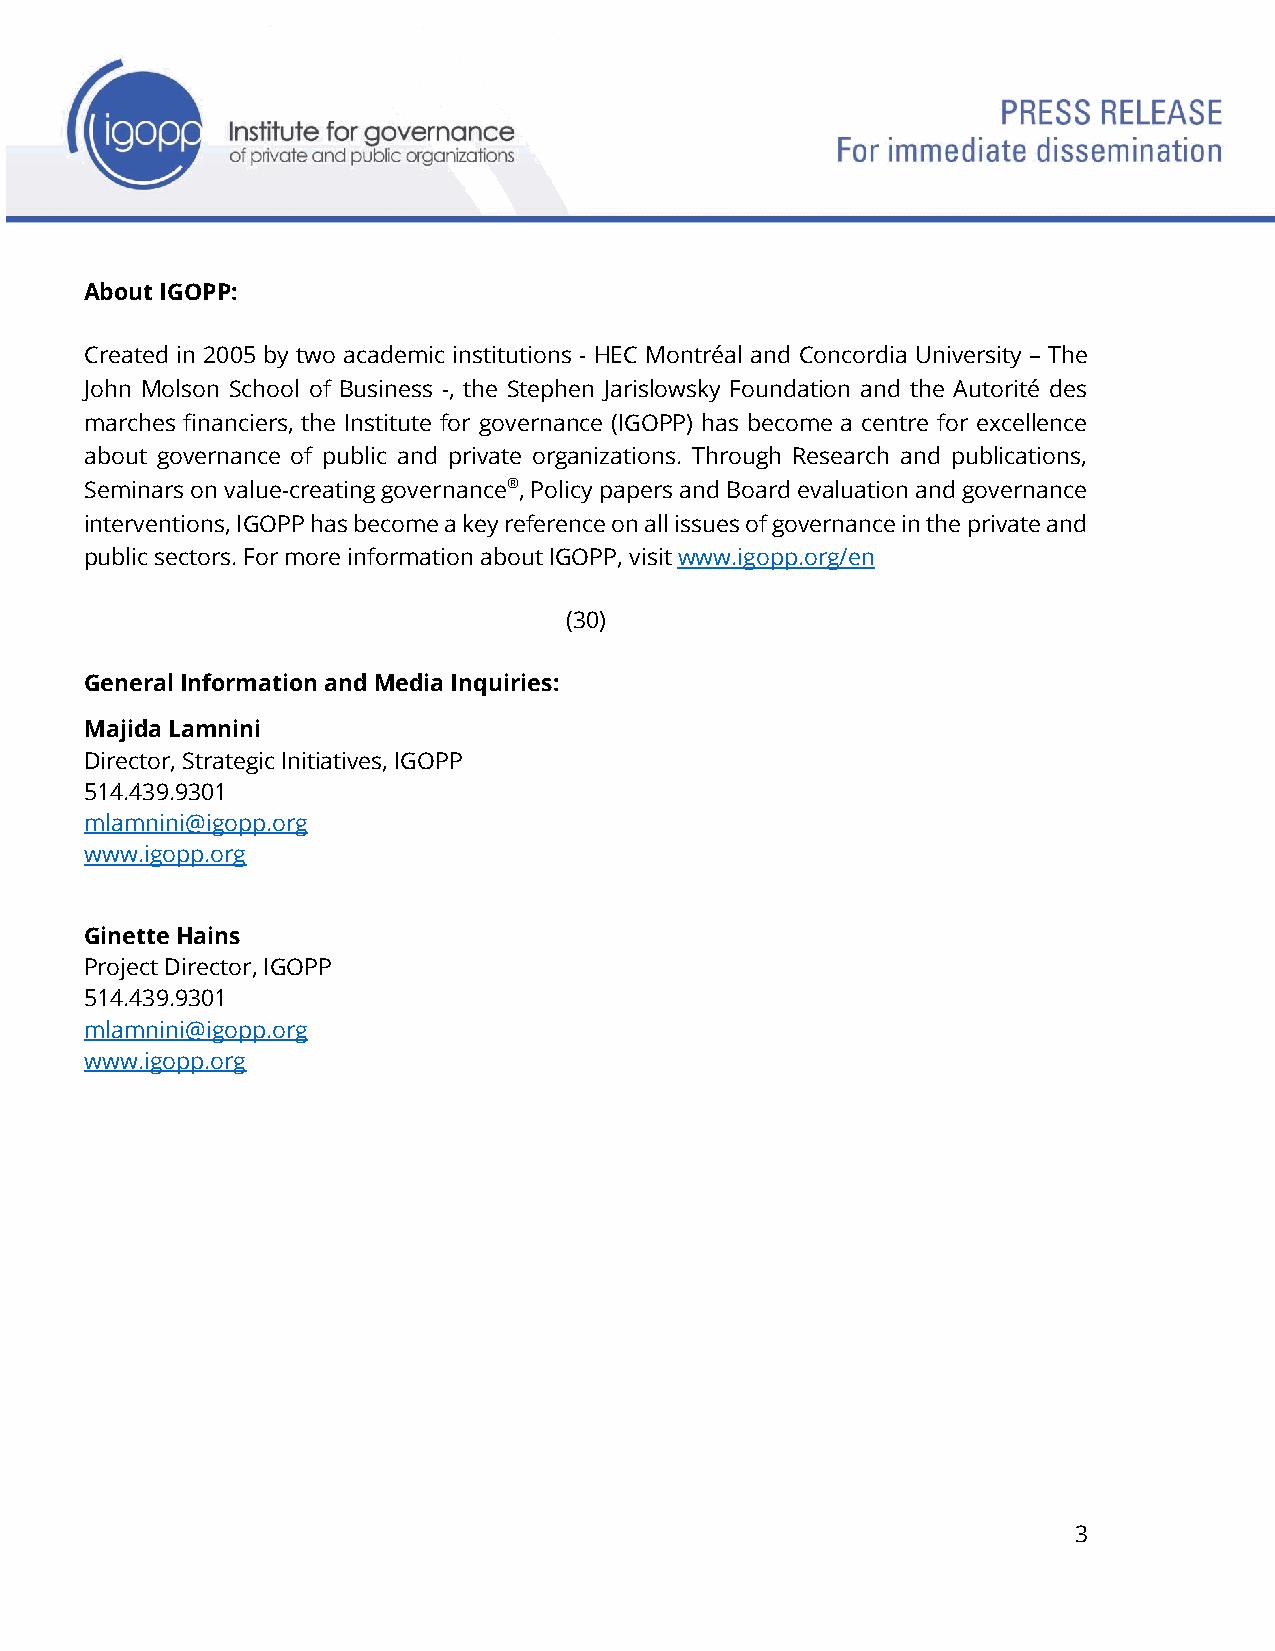
About IGOPP:
 Created in 2005 by two academic institutions - HEC Montréal and Concordia University – The
 John Molson School of Business -, the Stephen Jarislowsky Foundation and the Autorité des
 marches financiers, the Institute for governance (IGOPP) has become a centre for excellence
 about governance of public and private organizations. Through Research and publications,
 Seminars on value-creating governance®, Policy papers and Board evaluation and governance
 interventions, IGOPP has become a key reference on all issues of governance in the private and
 public sectors. For more information about IGOPP, visit www.igopp.org/en
 (30)
 General Information and Media Inquiries:
 Majida Lamnini
 Director, Strategic Initiatives, IGOPP
 514.439.9301
 mlamnini@igopp.org
 www.igopp.org
 Ginette Hains
 Project Director, IGOPP
 514.439.9301
 mlamnini@igopp.org
 www.igopp.org
 3